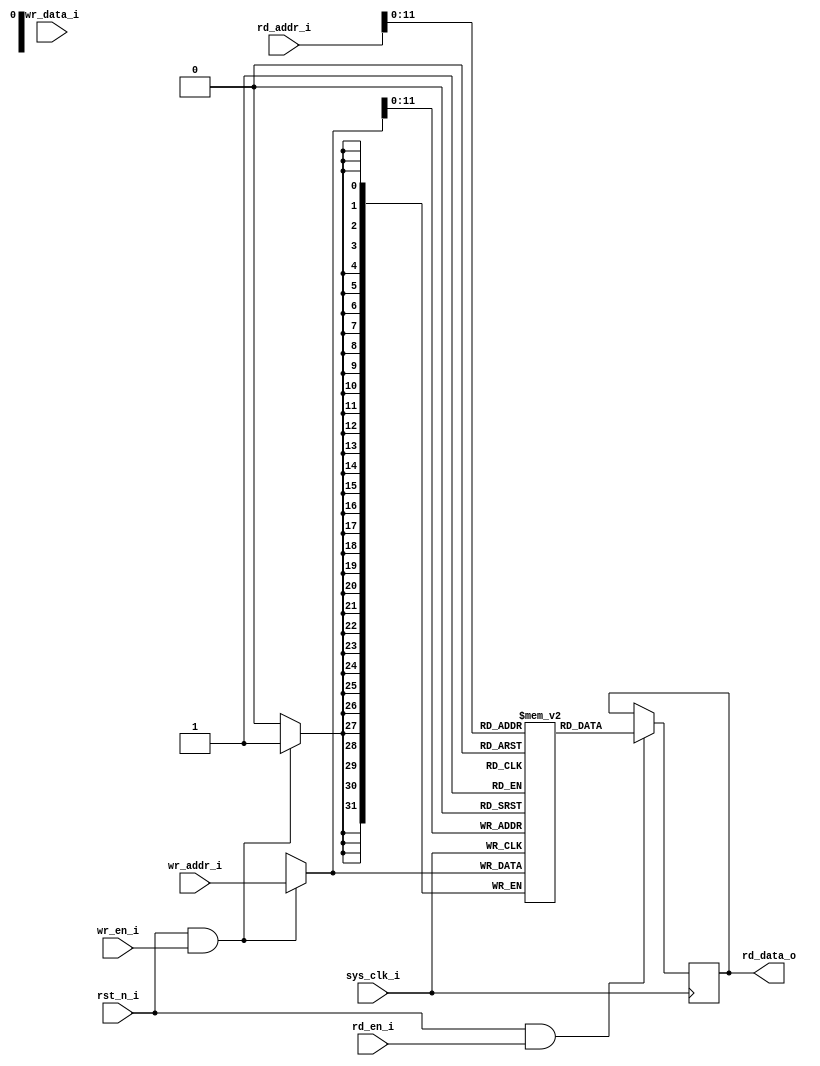
// ********************************************************************************** // 
//---------------------------------------------------------------------
// double_port_ram(RAM)
//---------------------------------------------------------------------
module double_port_ram #(
    parameter                           ADDR_WIDTH = 32            ,
    parameter                           DATA_WIDTH = 32            ,
    parameter                           RAM_DEPTH = 4096            
) (
    input  wire                         sys_clk_i                  ,
    input  wire                         rst_n_i                    ,
    //write
    input  wire                         wr_en_i                    ,
    input  wire        [ADDR_WIDTH-1:0] wr_addr_i                  ,
    input  wire        [DATA_WIDTH-1:0] wr_data_i                  ,
    //read
    input  wire                         rd_en_i                    ,
    input  wire        [ADDR_WIDTH-1:0] rd_addr_i                  ,
    output reg         [DATA_WIDTH-1:0] rd_data_o                   
);
reg                    [DATA_WIDTH-1:0] ram[0:RAM_DEPTH-1]         ;

integer i;

initial begin
    for (i = 0; i<RAM_DEPTH; i=i+1) begin
        ram[i] = 32'hffff_ffff;
    end
    rd_data_o = 32'hffff_ffff;
end

always@(posedge sys_clk_i)begin
    if (rst_n_i && wr_en_i)
        ram[wr_addr_i] <= wr_addr_i;
end

always@(posedge sys_clk_i)begin
    if (rst_n_i && rd_en_i)
        rd_data_o <= ram[rd_addr_i];
end
endmodule